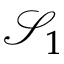
\mathcal { S } _ { 1 }